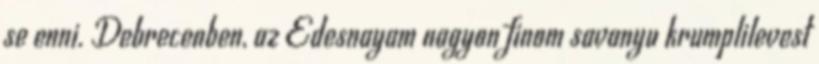
se enni. Debrecenben, az Edesnayam nagyon finom savanyu krumplilevest